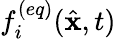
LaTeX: f_{i}^{(eq)}(\hat{{\mathbf x}},t)